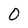
Character: O